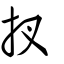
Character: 扠